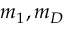
m _ { 1 } , m _ { D }